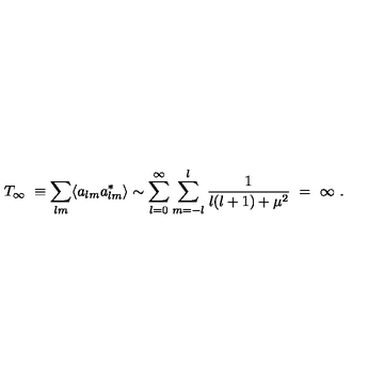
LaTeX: T _ { \infty } \ \equiv \sum _ { l m } \langle a _ { l m } a _ { l m } ^ { * } \rangle \sim \sum _ { l = 0 } ^ { \infty } \sum _ { m = - l } ^ { l } \frac { 1 } { l ( l + 1 ) + \mu ^ { 2 } } \ = \ \infty \ .